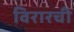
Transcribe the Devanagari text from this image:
विरारची